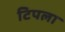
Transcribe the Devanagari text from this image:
टिपला